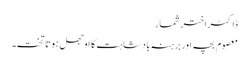
ڈاکٹراختر شمار
معصوم بچہ اور برہنہ بادشاہت کا اوجھل ہوتا تخت۔